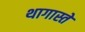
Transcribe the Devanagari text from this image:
थागास्ते